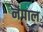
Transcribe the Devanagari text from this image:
नॆपाल